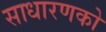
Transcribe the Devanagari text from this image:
साधारणको